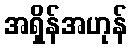
အရှိန်အဟုန်